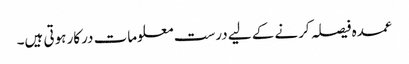
عمدہ فیصلہ کرنے کے لیے درست معلومات درکار ہوتی ہیں۔